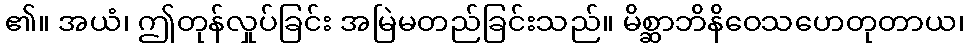
၏။ အယံ၊ ဤတုန်လှုပ်ခြင်း အမြဲမတည်ခြင်းသည်။ မိစ္ဆာဘိနိဝေသဟေတုတာယ၊